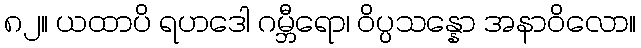
၈၂။ ယထာပိ ရဟဒေါ ဂမ္ဘီရော၊ ဝိပ္ပသန္နော အနာဝိလော။